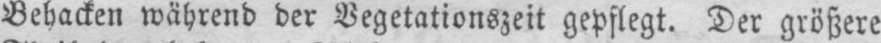
Behacken während der Vegetationszeit gepflegt. Der größere